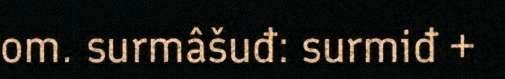
om. surmâšuđ: surmiđ +